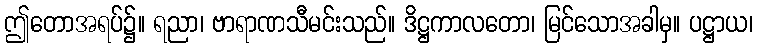
ဤတောအရပ်၌။ ရညာ၊ ဗာရာဏသီမင်းသည်။ ဒိဋ္ဌကာလတော၊ မြင်သောအခါမှ။ ပဋ္ဌာယ၊